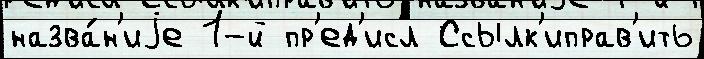
назва́н'иjе 1-й пр'ед'исл Ссылк'иправ'ить